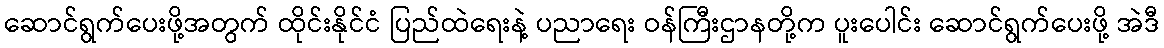
ဆောင်ရွက်ပေးဖို့အတွက် ထိုင်းနိုင်ငံ ပြည်ထဲရေးနဲ့ ပညာရေး ဝန်ကြီးဌာနတို့က ပူးပေါင်း ဆောင်ရွက်ပေးဖို့ အဲဒီ